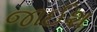
જાઈશ